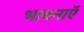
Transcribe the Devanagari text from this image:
भावनाएॅं